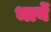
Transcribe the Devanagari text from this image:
भार्ये